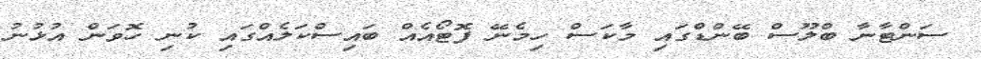
ސަންޓާނާ ބްލޫސް ބޭންޑްގައި މާކަސް ހިމެނޭ ފޮޓޯއެއް ބައިސްކަލެއްގައި ކުނި ހޮވަން އުޅުނު